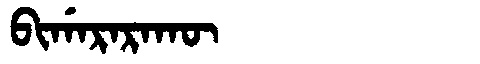
Manchu: ᠪᡳᡤᠠᡵᠠᡵᠠᡴᡡ
Romanization: BIGARARAKŪ